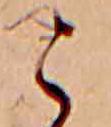
こ